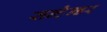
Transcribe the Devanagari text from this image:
सन्टेन्डर